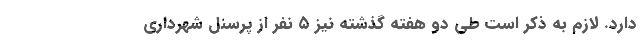
دارد. لازم به ذکر است طی دو هفته گذشته نیز ۵ نفر از پرسنل شهرداری